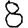
Digit: 8